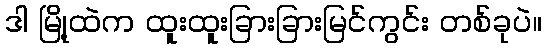
ဒါ မြို့ထဲက ထူးထူးခြားခြားမြင်ကွင်း တစ်ခုပဲ။